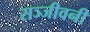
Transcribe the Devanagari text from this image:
सञ्जीवनी